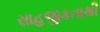
સાહજીકતાથી